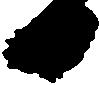
日